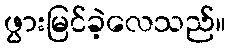
ဖွားမြင်ခဲ့လေသည်။